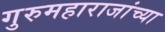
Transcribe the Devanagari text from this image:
गुरुमहाराजांच्या